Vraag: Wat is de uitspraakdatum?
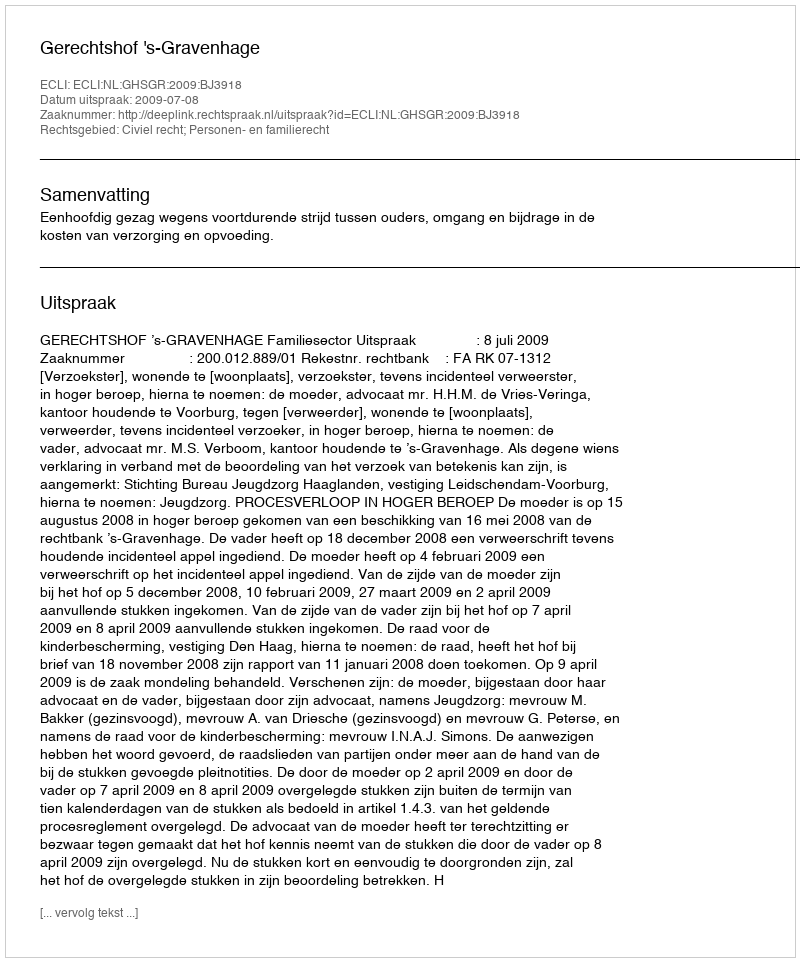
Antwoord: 2009-07-08